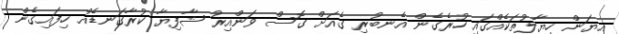
އިޔަން ހިޔާލުތަކެއްގައި ހުރެގެން އެނބުރި ގެއަށް ގޮސް ވަންއިރު ޝާފިޔާ ކުރާގަނޑެއް ހިފައިގެން